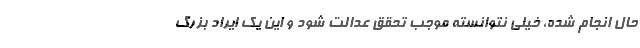
حال انجام شده، خیلی نتوانسته موجب تحقق عدالت شود و این یک ایراد بزرگ